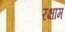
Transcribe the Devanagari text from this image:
रक्षाम